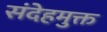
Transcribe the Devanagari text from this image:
संदेहमुक्त